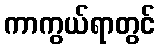
ကာကွယ်ရာတွင်